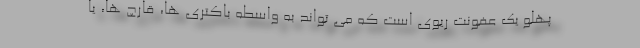
پهلو یک عفونت ریوی است که می تواند به واسطه باکتری ها، قارچ ها، یا